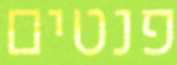
פנטים